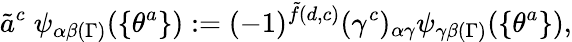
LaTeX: \tilde{a}^{c}\; \psi_{\alpha\beta(\Gamma)}(\{ \theta^{a}\} ):=(-1)^{\tilde{f}(d,c)}(\gamma^{c})_{\alpha\gamma}\psi_{\gamma\beta(\Gamma)}(\{ \theta^{a}\} ),